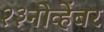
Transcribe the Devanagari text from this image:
२३नोव्हेंबर